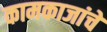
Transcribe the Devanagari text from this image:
कामकाजांचे